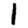
Digit: 1